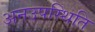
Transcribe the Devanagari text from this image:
अनउपस्थिति